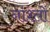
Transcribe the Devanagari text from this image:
नाश्तों